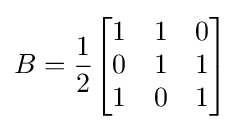
B={\frac {1}{2}}{\begin{bmatrix}1&1&0\\0&1&1\\1&0&1\end{bmatrix}}